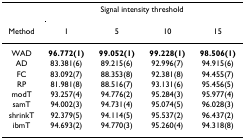
|  | <COLSPAN=4> Signal intensity threshold |
 | Method | 1 | 5 | 10 | 15 |
 | --- | --- | --- | --- | --- |
 | WAD | 96.772(1) | 99.052(1) | 99.228(1) | 98.506(1) |
 | AD | 83.381(6) | 89.215(6) | 92.996(7) | 94.915(6) |
 | FC | 83.092(7) | 88.353(8) | 92.381(8) | 94.455(7) |
 | RP | 81.981(8) | 88.516(7) | 93.131(6) | 95.456(5) |
 | modT | 93.257(4) | 94.776(2) | 95.284(3) | 95.977(4) |
 | samT | 94.002(3) | 94.731(4) | 95.074(5) | 96.028(3) |
 | shrinkT | 92.379(5) | 94.114(5) | 95.537(2) | 96.437(2) |
 | ibmT | 94.693(2) | 94.770(3) | 95.260(4) | 94.318(8) |